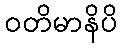
ဝတိမာနိပိ